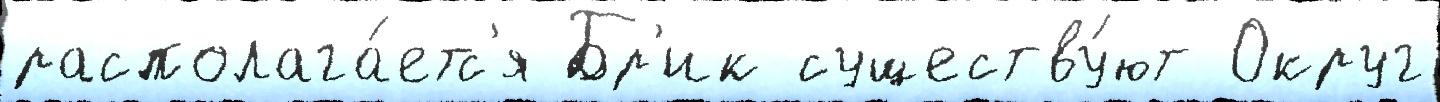
располага́етс'я Бр'ик существу́ют Округ